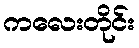
ကလေးတိုင်း